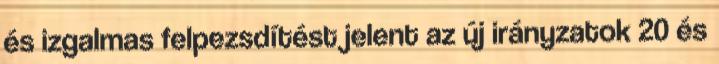
és izgalmas felpezsdítést jelent az új irányzatok 20 és